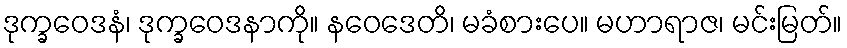
ဒုက္ခဝေဒနံ၊ ဒုက္ခဝေဒနာကို။ နဝေဒေတိ၊ မခံစားပေ။ မဟာရာဇ၊ မင်းမြတ်။